Vaccination in the Punjab 1867-1880 - 1867-1880
Year: 1867
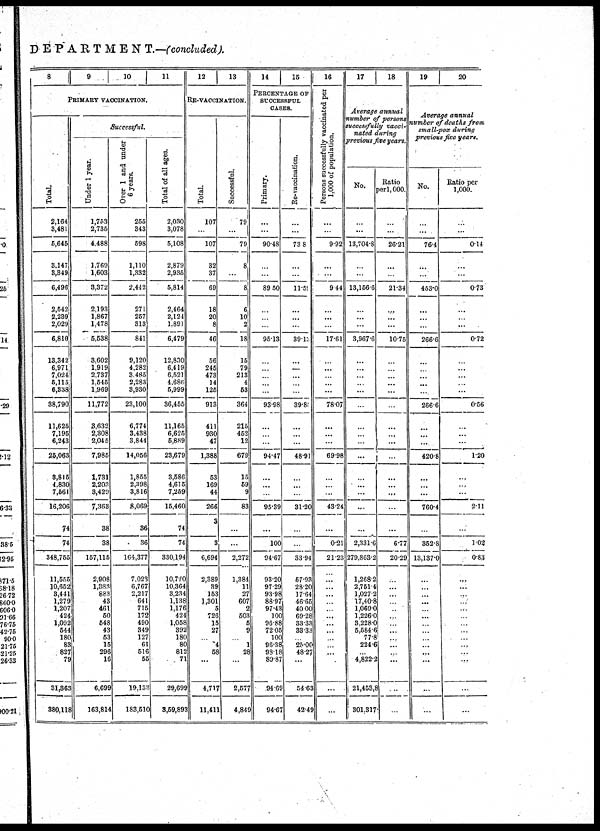
DEPARTMENT.— (concluded).
8
9
10
11
PRIMARY VACCINATION.
Total.
2,164
3,481
5,645
3,147
3,349
6,496
2,542
2,239
2,029
6,810
13,342
6,971
7,024
5,115
6,338
38,790
11,625
7,196
6,243
25,063
3,815
4,830
7,561
16,206
74
74
348,755
11,555
10,652
3,441
1,279
1,207
424
1,092
544
180
83
827
79
31,363
380,118
Suceessful.
Under 1 year.
1,753
2,735
4,488
1,769
1,603
3,372
2,193
1,867
1,478
5,538
3,602
1,919
2,737
1,545
1,969
11,772
3,632
2,308
2,045
7,986
1,731
2,203
3,429
7,363
38
38
157,115
2,908
1,383
883
43
461
50
548
43
53
15
296
16
6,699
163,814
Over 1 and under
6 years.
255
343
598
1,110
1,332
2,442
271
257
313
841
9,120
4,282
3,485
2,283
3,930
23,100
6,774
3,438
3,844
14,056
1,855
2,398
3,816
8,069
36
36
164,377
7,023
6,767
2,217
641
715
172
490
349
127
61
516
55
19,133
183,510
Total of all ages.
2,030
3,078
5,108
2,879
2,935
5,814
2,464
2,124
1,891
6,479
12,830
6,419
6,521
4,686
5,999
36,455
11,165
6,625
5,889
23,679
3,586
4,615
7,259
15,460
74
74
330,194
10,770
10,364
3,234
1,138
1,176
424
1,058
392
180
80
812
71
29,699
3,59,893
12
13
RE-VACCINATION.
Total.
107
...
107
32
37
69
18
20
8
46
56
245
473
14
125
913
411
930
47
1,388
53
169
44
266
3
3
6,694
2,389
39
153
1,301
5
726
15
27
...
4
58
...
4,717
11,411
Successful.
79
...
79
8
...
8
6
10
2
18
15
79
213
4
53
364
215
452
12
679
15
59
9
83
...
...
2,272
1,384
11
27
607
2
503
5
9
...
1
28
...
2,577
4,849
14
15
PERCENTAGE OF
SUCCESSFUL
CASES.
Primary.
...
...
90.48
...
...
89.50
...
...
...
95.13
...
...
...
...
...
93.98
...
...
...
94.47
...
...
...
95.39
...
100
94.67
93.20
97.29
93.98
88.97
97.43
100
96.88
72.05
100
96.38
98.18
89.87
94.69
94.67
Re-vaccination.
...
...
73.8
...
...
11.59
...
...
...
39.13
...
...
...
...
...
39.80
...
...
...
48.91
...
...
...
31.20
...
...
33.94
57.93
28.20
17.64
46.65
40.00
69.28
33.33
33.33
...
25.00
48.27
...
54.63
42.49
16
Persons successfully vaccinated per
1,000 of population.
...
...
9.92
...
...
9.44
...
...
...
17.61
...
...
...
...
...
78.07
...
...
...
69.98
...
...
...
43.24
...
0.21
21.23
...
...
...
...
...
...
...
...
...
...
...
...
...
...
17
18
Average
annual
number of persons
successfully
vacci-
nated
during
previous five year.
No.
...
...
13,704.8
...
...
13,165.6
...
...
...
3,967.6
...
...
...
...
...
...
...
...
...
...
...
...
...
...
...
2,331.6
279,863.2
1,268.2
2,751.4
1,027.2
17,40.8
1,069.0
1,226.0
3,228.0
5,584.6
77.8
224.6
...
4,822.2
21,453,8
301,317
Ratio
per 1, 000.
...
...
26.21
...
...
21.34
...
...
...
10.75
...
...
...
...
...
...
...
...
...
...
...
...
...
...
...
6.77
20.29
...
...
...
...
..
...
...
...
...
...
...
...
...
...
19
20
Average
annual
number of deaths
from
small-pox
during
previous five years.
No.
...
...
76.4
...
...
453.0
...
...
...
266.6
...
...
...
...
...
266.6
...
...
...
420.8
...
...
...
760.4
...
352.8
13,137.0
...
...
...
...
...
...
...
...
...
...
...
...
...
...
Ratio per
1,000.
...
...
0.14
...
...
0.73
...
...
...
0.72
...
...
...
...
...
0.56
...
...
...
1.20
...
...
...
2.11
...
1.02
0.83
...
...
...
...
...
...
...
...
...
...
...
...
...
...